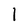
Character: I